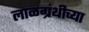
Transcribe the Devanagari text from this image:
लाळग्रंथीच्या